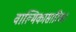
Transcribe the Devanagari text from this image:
वाल्मिकासारिखा